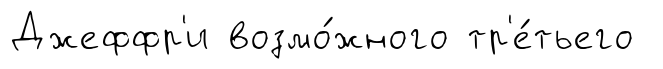
Джеффр'и возмо́жного тр'е́тьего